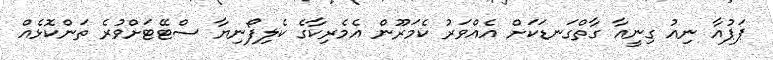
ޕަޕުއާ ނިއު ގިނީއާ ގާތްގަނޑަކަށް އެއްވަރު ކެމަރޫން އެމެރިކާގެ ކެލިފޯނިޔާ ސްޓޭޓަށްވުރެ ތަންކޮޅެއް